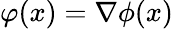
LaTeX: \varphi(x)=\nabla\phi(x)